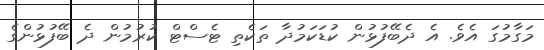
މަގާމުގަ އެވެ. އެ ދެބޭފުޅުން ކުޑަކަމުދާ ތަކެތި ޓެސްޓް ކުރުމުން ދެ ބޭފުޅުންގެ